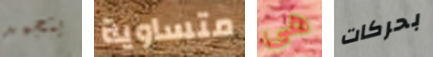
يتجمد متساوية هي بحركات